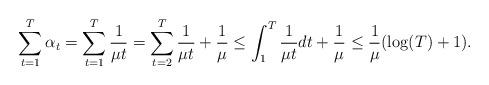
LaTeX: \begin{align*}&\sum_{t=1}^T\alpha_{t}=\sum_{t=1}^T\frac{1}{\mu t}=\sum_{t=2}^{T}\frac{1}{\mu t}+\frac{1}{\mu }\le\int_{1}^{T}\frac{1}{\mu t}dt+\frac{1}{\mu }\le\frac{1}{\mu}(\log(T)+1).\end{align*}